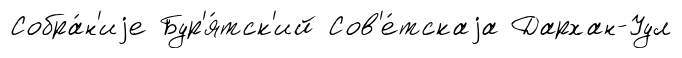
Собра́н'иjе Бур'я́тск'ий Сов'е́тскаjа Дархан-Уул